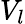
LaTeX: V_{l}